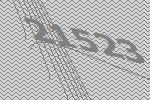
21523